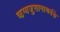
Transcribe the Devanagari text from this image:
ऋग्यजुसामाथर्वके